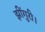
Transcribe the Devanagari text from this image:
झींगुरी।